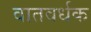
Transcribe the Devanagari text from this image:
वातवर्धक